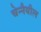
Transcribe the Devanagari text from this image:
चेन्नैयील